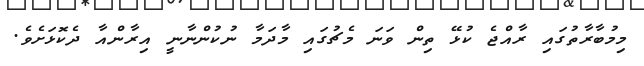
މިމުބާރާތުގައި ރާއްޖެ ކުޅޭ ތިން ވަަނަ މެޗުގައި މާދަމާ ނުކުންނާނީ އިރާންއާ ދެކޮޅަށެވެ.